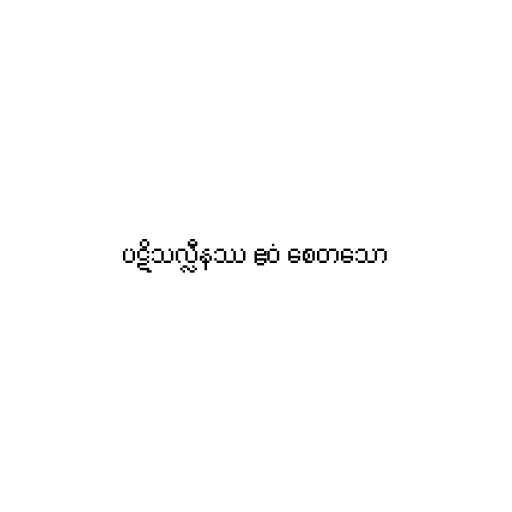
ပဋိသလ္လီနဿ ဧဝံ စေတသော